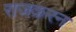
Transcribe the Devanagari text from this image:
राजकरन